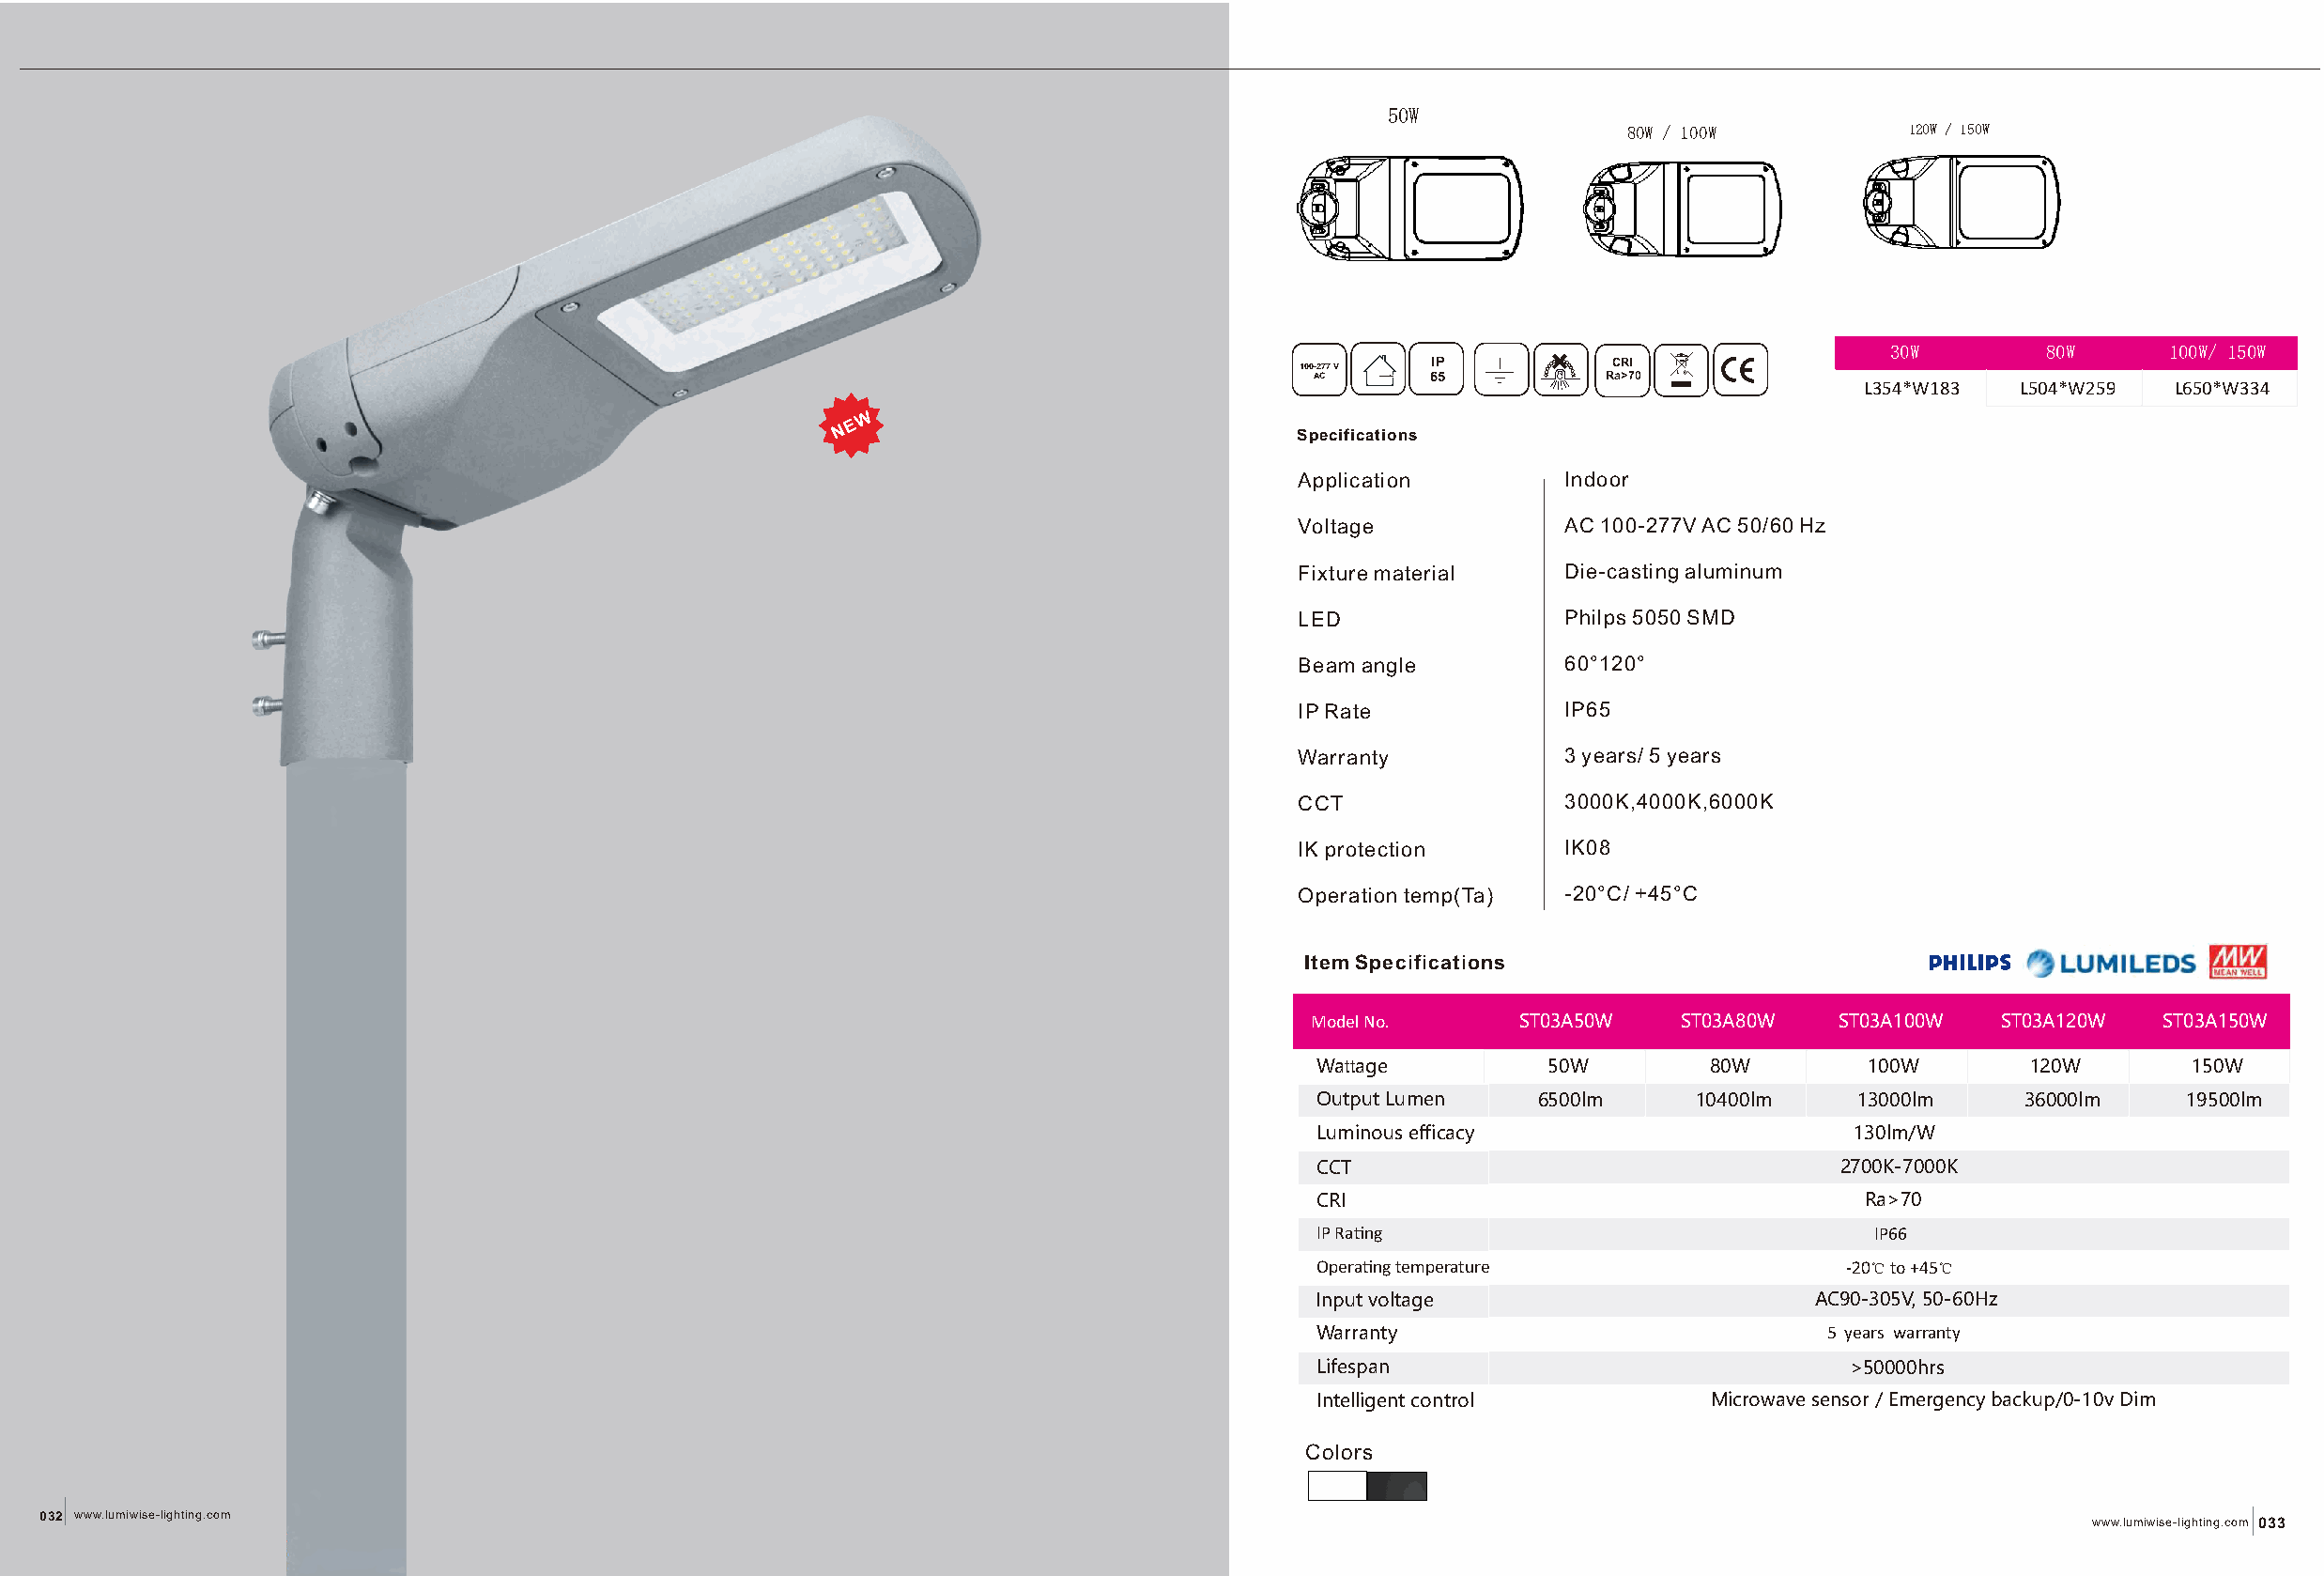
50W
 80W / 100W          120W / 150W
 30W        80W      100W/ 150W
 100-277 V IP          CCRRII
 AC      65          Ra>70
 L354*W183  L504*W259  L650*W334
 WW
 NN EE
 Specifications
 Application       Indoor
 Voltage           AC 100-277V AC 50/60 Hz
 Fixture material  D ie-casting aluminum
 LED               Philps 5050 SMD
 Beam angle        60°120°
 IP Rate           IP65
 Warranty          3 years/ 5 years
 CCT               3000K,4000K,6000K
 IK protection     IK08
 Operation temp(Ta) -20°C/ +45°C
 Item Specifications
 Model No.      ST03A50W    ST03A80W   ST03A100W  ST03A120W  ST03A150W
 Wattage         50W         80W        100W       120W        150W
 Output Lumen   6500lm      10400lm    13000lm     36000lm    19500lm
 Luminous efficacy                     130lm/W
 CCT                                  2700K-7000K
 CRI                                   Ra>70
 IP Rang                               IP66
 Operang temperature                 -20℃ to +45℃
 Input voltage                      AC90-305V, 50-60Hz
 Warranty                            5 years warranty
 Lifespan                             >50000hrs
 Intelligent control         Microwave sensor / Emergency backup/0-10v Dim
 Colors
 032 www.lumiwise-lighting.com                                                                                                                    www.lumiwise-lighting.com 033